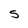
Character: S